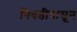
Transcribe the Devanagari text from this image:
निवडीपासून